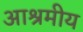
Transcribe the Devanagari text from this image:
आश्रमीय